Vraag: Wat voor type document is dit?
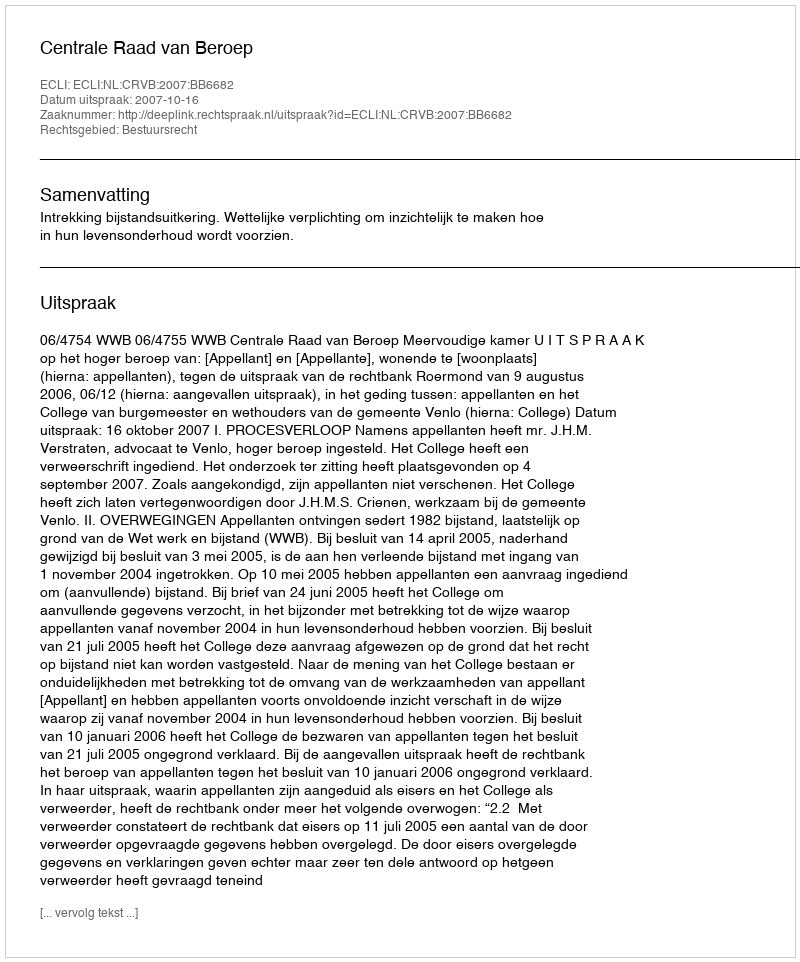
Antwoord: Uitspraak